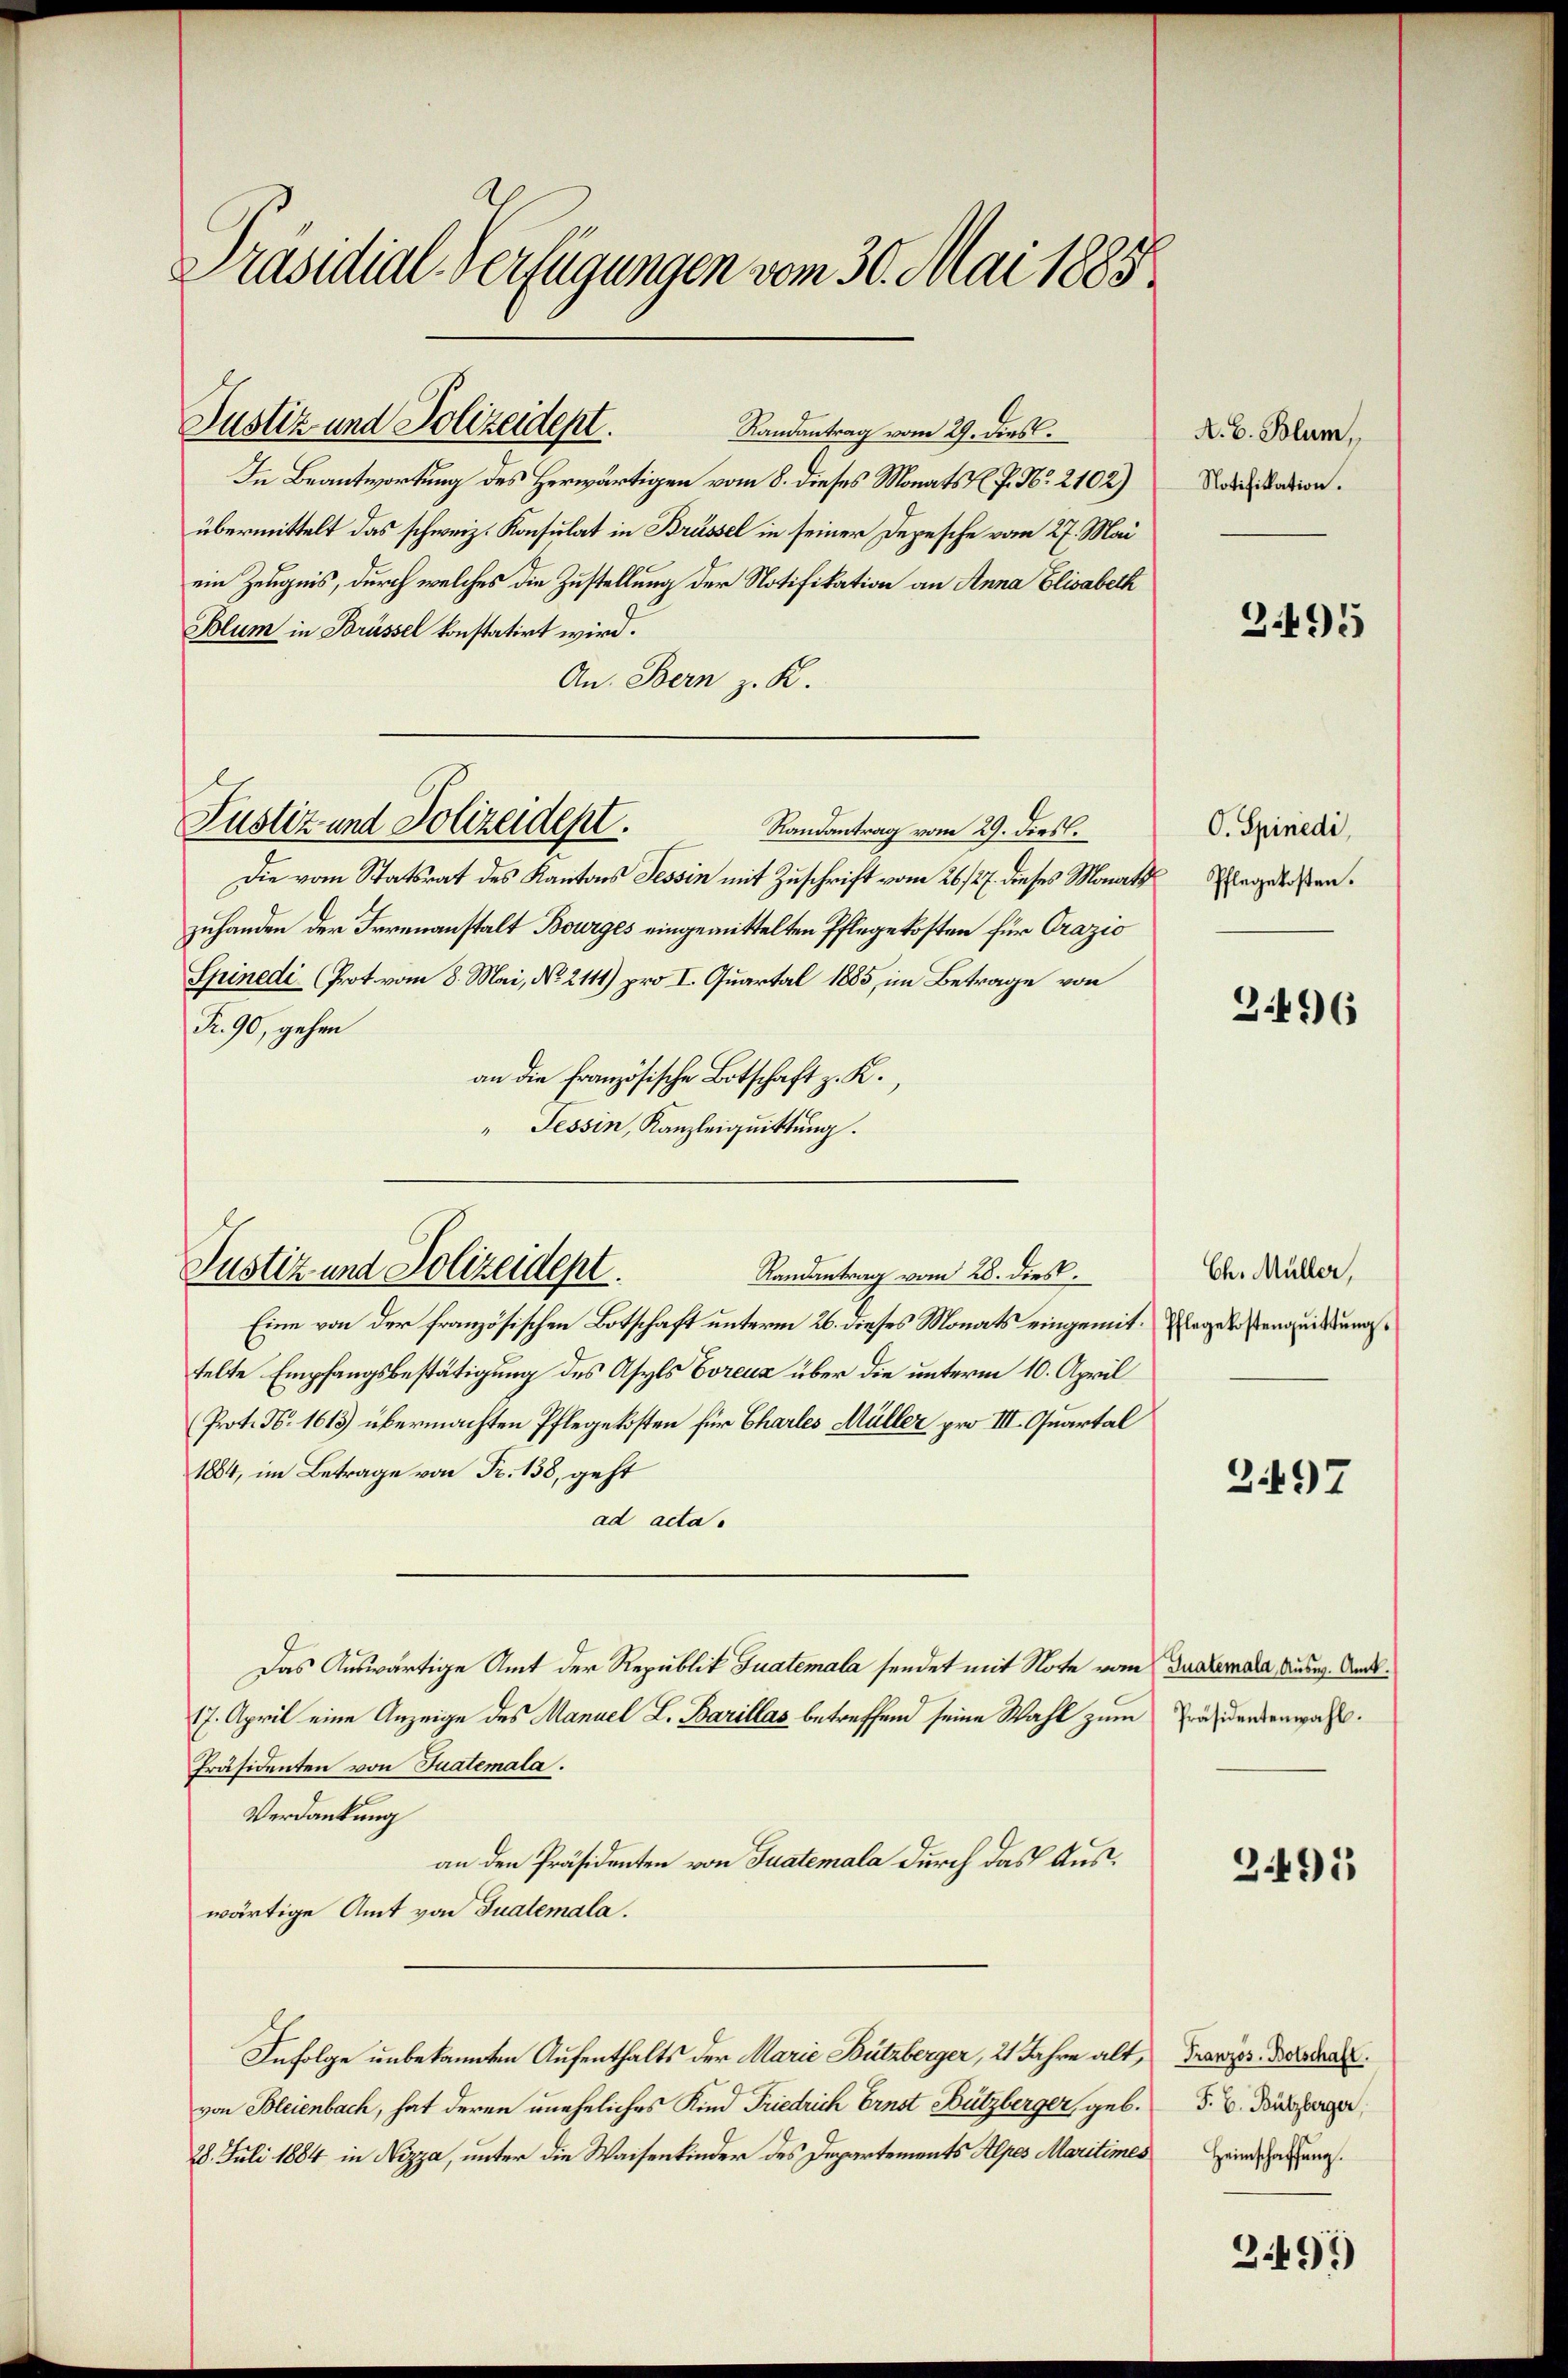
Präsidial-Verfügungen vom 30. Mai 1885

Justiz und Polizeident.

Randantrag vom 29. dies
In Beantwortung des Herwärtigen vom 8. dieses Monats R. P. Nr. 2102)
übermittelt das schweiz. Konsulat in Brüssel in seiner Depesche vom 27. Mai
ein Zeugnis, durch welches die Zustellung der Notifikation an Anna Elisabeth
Blum in Brüssel konstatirt wird.
An. Bern z. K.
Randantrag vom 29. dies.
Die vom Statsrat des Kantons Tessin mit Zuschrift vom 26/27. dieses Monatsregelaßen.
zuhanden der Irrenanstalt Bourges eingemittelten Pflegekosten für Grazio
Spinedi (Prot. vom 8. Mai, No. 2111) pro I. Quartal 1885, im Betrage von
Fr. 90, gehen
an die französische Botschaft z. K.,
" Tessin, Kanzleiquittung.

Justiz und Polizeidept.

Justiz und Polizeidept.
Randantrag vom 28. dies

Eine von der französischen Botschaft unterm 26. dieses Monats eingemittag erstengeistungstelte Empfangsbestätigung des Asyls Vorenz über die unterm 10. April
Prot. N. 1613) übermachten Pflegekosten für Charles Müller pro III. Quartal
1884, im Betrage von Fr. 138, geht
ad acta.
Das Auswärtige Amt der Republik Guatemala sendet mit Note vom Junkernale Ausg. Ant¬
17. April eine Anzeige des Manuel L. Barillas betreffend seine Wahl zum Präsidendenwahl.
Präsidenten von Tualemala.
Verdankung
an den Präsidenten von Juatemala durch das Auswärtige Amt von Tualemala.
Infolge unbekannten Aufenthalts der Marie Bützberger, 21 Jahre alt, Provis. Sodan
von Bleienbach, hat deren uneheliches Kind Friedrich Ernst Bützberger, geb.
28. Juli 1884 in Nizza, unter die Waisenkinder des Departements Alpes Maritimes Heimatung

A. E. Blum,
Notifikation.

3495

O. Spinedi,

3496

Ch. Müller,

2.497

2495

F. B. Bützberger,

2491)